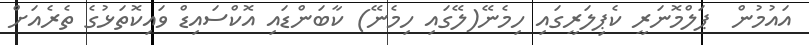
އައުމުން  ޕަލްމޮނަރީ ކެޕިލަރީގައި ހިމެނޭ(ލޭގައި ހިމެނޭ) ކާބަންޑައި އޮކްސައިޑް ވައިކޮތަޅުގެ ތެރެއަށް